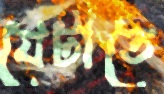
যেটাতে